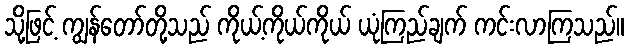
သို့ဖြင့် ကျွန်တော်တို့သည် ကိုယ့်ကိုယ်ကိုယ် ယုံကြည်ချက် ကင်းလာကြသည်။